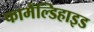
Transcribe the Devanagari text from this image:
फामैंल्डिहाइड